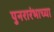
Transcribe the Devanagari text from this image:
पुनरारंभाच्या